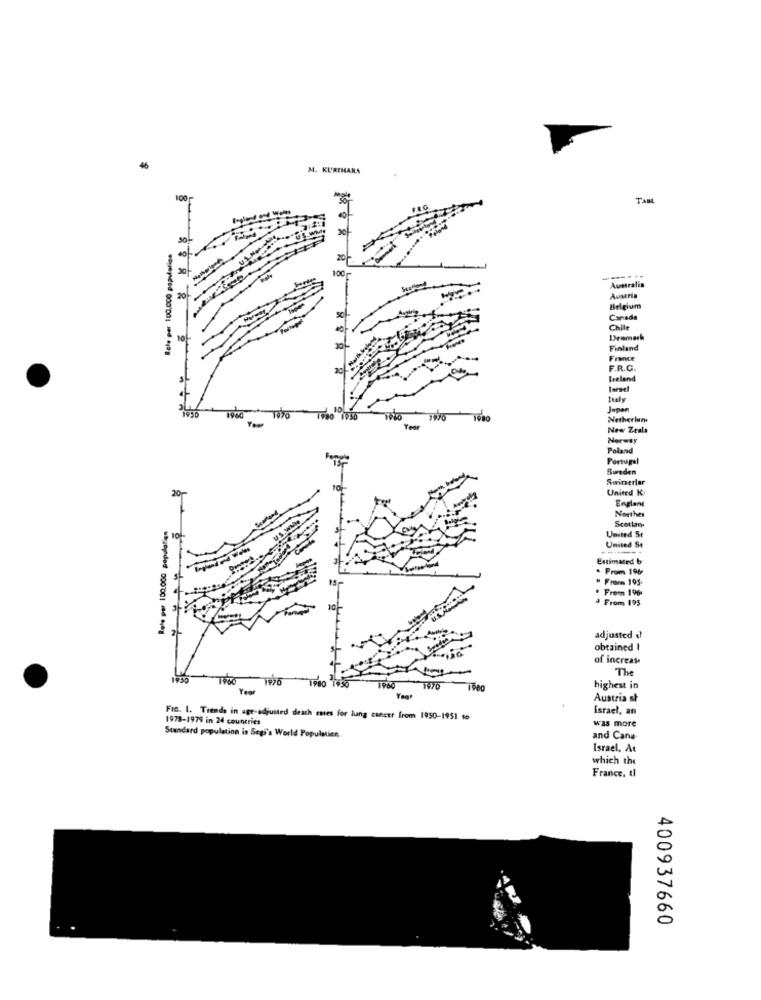
M. KURIHARA
100
Tant
Rele per 100.000 population
20
100
----..
Australia
20
Austria
Belgium
Canada
Chile
10-
Denmark
Finland
France
Bueland
larsel
Italy
1970
1980 1936
10/0 1900
Netherlun
New Zeala
Norway
Poland
Portugal
Sweden
Swingerlar
United K
20
England
Rete per 100.000 population
Northes
Scottan-
10
United St
United St
Estimated b
. From 196
* Frarm 195.
Frem 19%
· From 195
adjusted af
obtained I
of increase
The
1980 1636
highest in
Austria st
Israel, an
1978-1979 in 24 countries
FIG. 1. Trends in age-adjusted death emes for lung cancer from 1950-1951 to
was more
Standard population is Segi's World Population.
and Cana
Israel, At
which the
France, tl
400937660